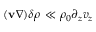
( \mathbf { v } \nabla ) \delta \rho \, \ll \rho _ { 0 } \partial _ { z } v _ { z }